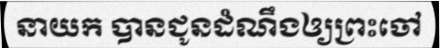
នាយក បានជូនដំណឹងឲ្យព្រះចៅ